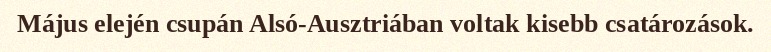
Május elején csupán Alsó-Ausztriában voltak kisebb csatározások.